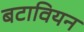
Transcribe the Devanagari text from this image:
बटावियन